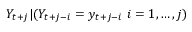
Y _ { t + j } | ( Y _ { t + j - i } = y _ { t + j - i } \ i = 1 , \dots , j )